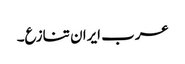
عرب ایران تنازع۔